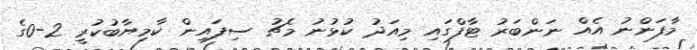
މާފަންނު އެއް ނަންބަރު ޓާފްގައި މިއަދު ކުޅުނު މެޗު ސިފައިން ކާމިޔާބުކުރީ 2-0ގެ